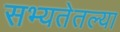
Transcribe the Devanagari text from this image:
सभ्यतेतल्या